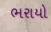
ભરાયો